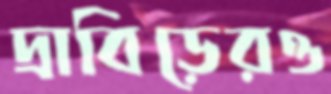
দ্রাবিড়েরও